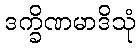
ဒက္ခိဏမာဒိသုံ